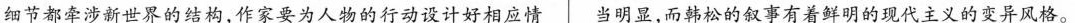
细节都牵涉新世界的结构,作家要为人物的行动设计好相应情 当明显，而韩松的叙事有着鲜明的现代主义的变异风格。